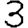
Digit: 3